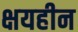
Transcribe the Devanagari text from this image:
क्षयहीन